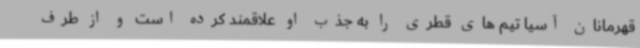
قهرمانان آسیا تیم های قطری را به جذب او علاقمند کرده است و از طرف